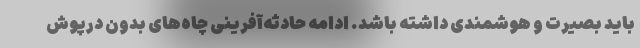
باید بصیرت و هوشمندی داشته باشد. ادامه حادثه‌آفرینی چاه‌های بدون درپوش